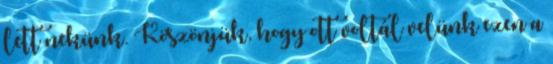
lett nekünk. Köszönjük, hogy ott voltál velünk ezen a